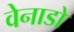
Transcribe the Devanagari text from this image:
वेनाडो